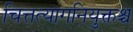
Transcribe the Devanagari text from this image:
चित्तत्यागनियुक्तश्च